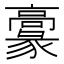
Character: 𩫞